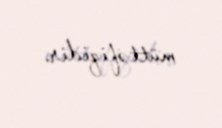
müttəfiqidir.